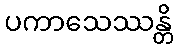
ပကာသေဿန္တိ